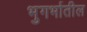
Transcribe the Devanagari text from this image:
भुगर्भातील